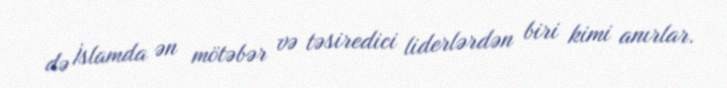
də İslamda ən mötəbər və təsiredici liderlərdən biri kimi anırlar.